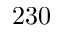
2 3 0